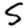
Digit: 5